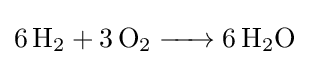
{\ce {6H2 + 3O2 -> 6H2O}}